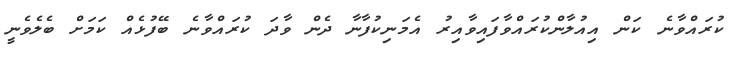
ކުރައްވާނެ ކަން އިއުލާންކުރައްވާފައިވާއިރު އެމަނިކުފާނާ ދެން ވާދަ ކުރައްވާނެ ބޭފުޅެއް ކަމަށް ބެލެވެނީ